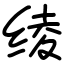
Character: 绫